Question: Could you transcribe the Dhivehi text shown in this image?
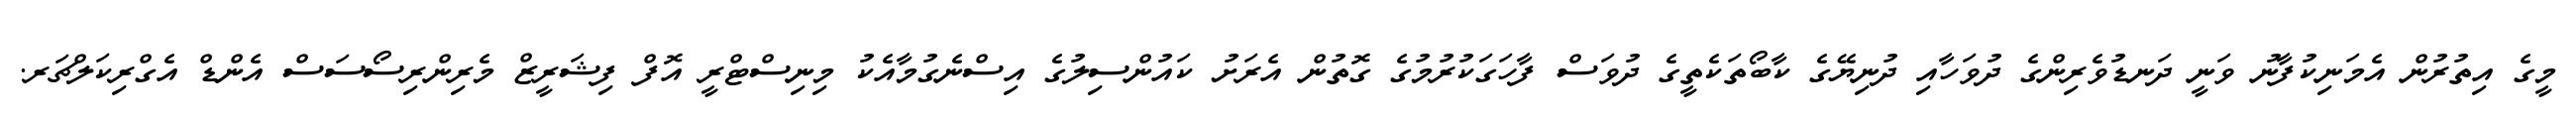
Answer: މީގެ އިތުރުން އެމަނިކުފާނު ވަނީ ދަނޑުވެރިންގެ ދުވަހާއި ދުނިޔޭގެ ކާބޯތަކެތީގެ ދުވަސް ފާހަގަކުރުމުގެ ގޮތުން އެރަށު ކައުންސިލުގެ އިސްނެގުމާއެކު މިނިސްޓްރީ އޮފް ފިޝަރީޒް މެރިންރިސޯސަސް އެންޑް އެގްރިކަލްޗަރ.